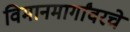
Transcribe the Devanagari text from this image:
विमानमार्गांवरचे